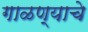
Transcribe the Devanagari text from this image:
गाळण्याचे